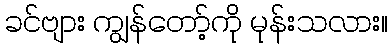
ခင်ဗျား ကျွန်တော့်ကို မုန်းသလား။